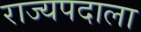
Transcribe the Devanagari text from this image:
राज्यपदाला